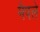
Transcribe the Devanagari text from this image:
मैपले